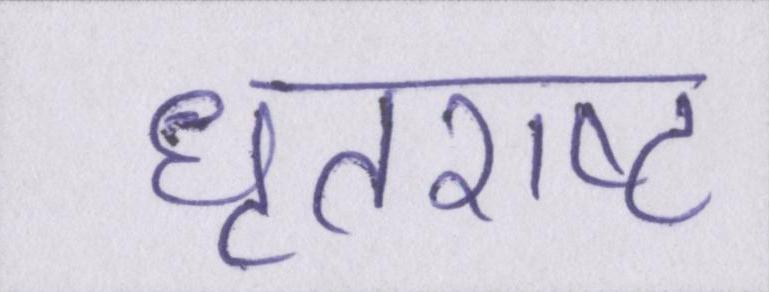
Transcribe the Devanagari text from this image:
धृतराष्ट